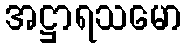
အဋ္ဌာရသမော